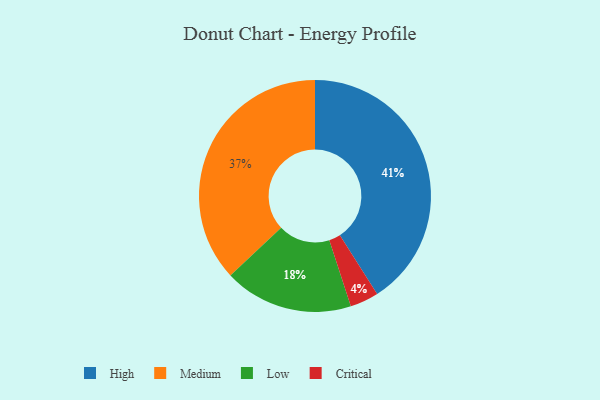
{"axis": {"x": "Category", "y": "Percentage"}, "legend": ["Critical", "High", "Low", "Medium"], "data": [{"x": "Low", "y": 18, "type": "Low"}, {"x": "High", "y": 41, "type": "High"}, {"x": "Medium", "y": 37, "type": "Medium"}, {"x": "Critical", "y": 4, "type": "Critical"}]}